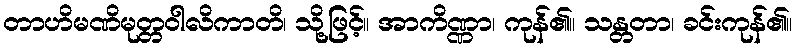
တာဟိမဏိမုတ္တဝါလိကာတိ၊ သို့ဖြင့်။ အာကိဏ္ဏာ၊ ကုန်၏။ သန္တတာ၊ ခင်းကုန်၏။